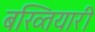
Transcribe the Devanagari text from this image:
बख्तियारी